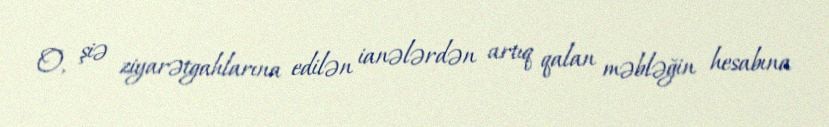
O, şiə ziyarətgahlarına edilən ianələrdən artıq qalan məbləğin hesabına